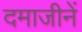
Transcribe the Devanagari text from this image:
दमाजीनें